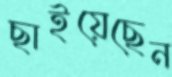
ছাইয়েছেন